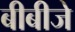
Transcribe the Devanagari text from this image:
बीबीजे